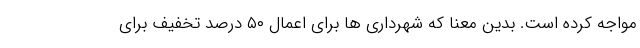
مواجه کرده است. بدین معنا که شهرداری ها برای اعمال ۵۰ درصد تخفیف برای